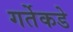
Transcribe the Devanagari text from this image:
गर्तेकडे